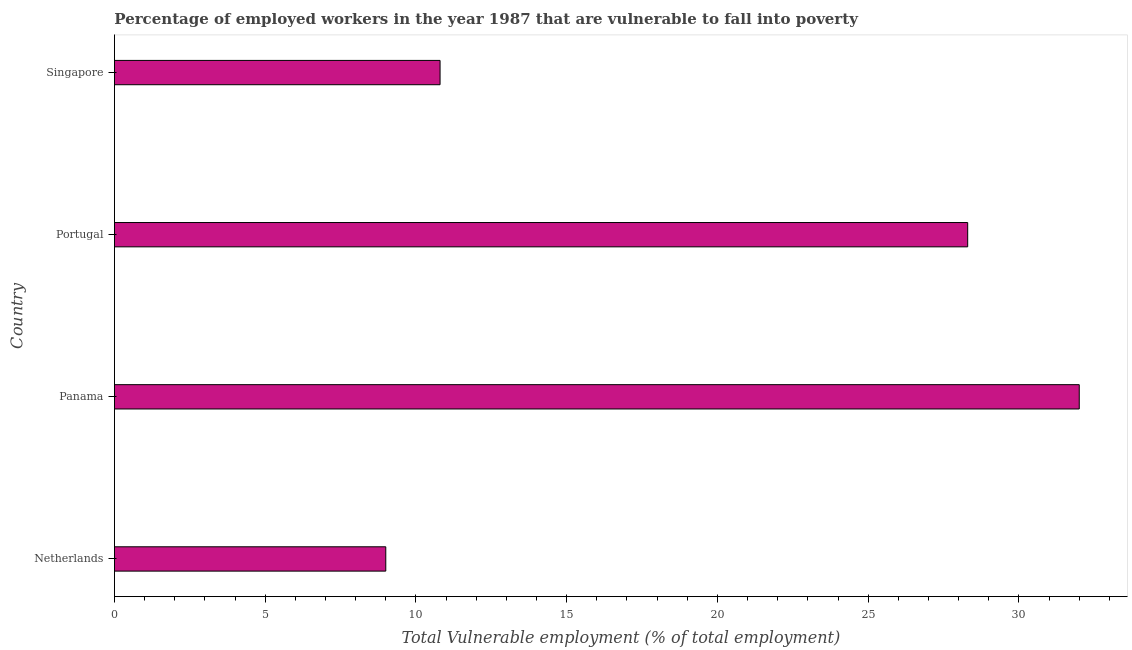
| Country | Vulnerable employment |
 | --- | --- |
 | Netherlands | 9 |
 | Panama | 32 |
 | Portugal | 28.3 |
 | Singapore | 10.8 |